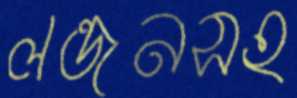
লন্ডনসহ